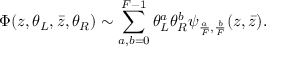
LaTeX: \Phi ( z , \theta _ { L } , \bar { z } , \theta _ { R } ) \sim \sum _ { a , b = 0 } ^ { F - 1 } \theta _ { L } ^ { a } \theta _ { R } ^ { b } \psi _ { { \frac { a } { F } } , { \frac { b } { F } } } ( z , { \bar { z } } ) .